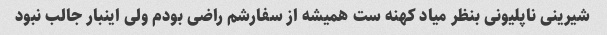
شیرینی ناپلیونی بنظر میاد کهنه ست همیشه از سفارشم راضی بودم ولی اینبار جالب نبود